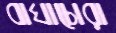
বাঘাচোরা